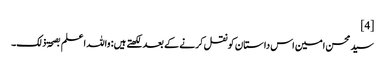
[4]
سید محسن امین اس داستان کو نقل کرنے کے بعد لکھتے ہیں: واللہ اعلم بصحۃ ذلک۔